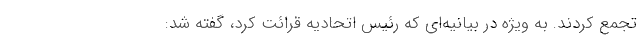
تجمع کردند. به ویژه در بیانیه‌ای که رئیس اتحادیه قرائت کرد، گفته شد: